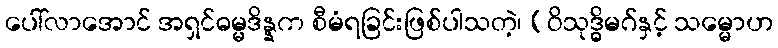
ပေါ်လာအောင် အရှင်ဓမ္မဒိန္နက စီမံရခြင်းဖြစ်ပါသတဲ့၊ (ဝိသုဒ္ဓိမဂ်နှင့် သမ္မောဟ